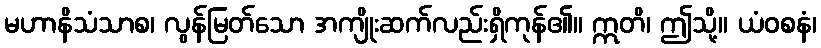
မဟာနိသံသာစ၊ လွန်မြတ်သော အကျိုးဆက်လည်းရှိကုန်၏။ ဣတိ၊ ဤသို့။ ယံဝစနံ၊